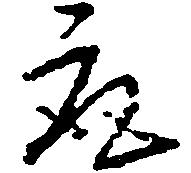
取